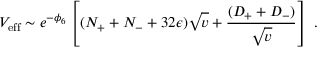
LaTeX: V _ { \mathrm { e f f } } \sim e ^ { - \phi _ { 6 } } \left[ ( N _ { + } + N _ { - } + 3 2 \epsilon ) \sqrt { v } + \frac { ( D _ { + } + D _ { - } ) } { \sqrt { v } } \right] \ .